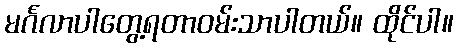
မင်္ဂလာပါတွေ့ရတာဝမ်းသာပါတယ်။ ထိုင်ပါ။